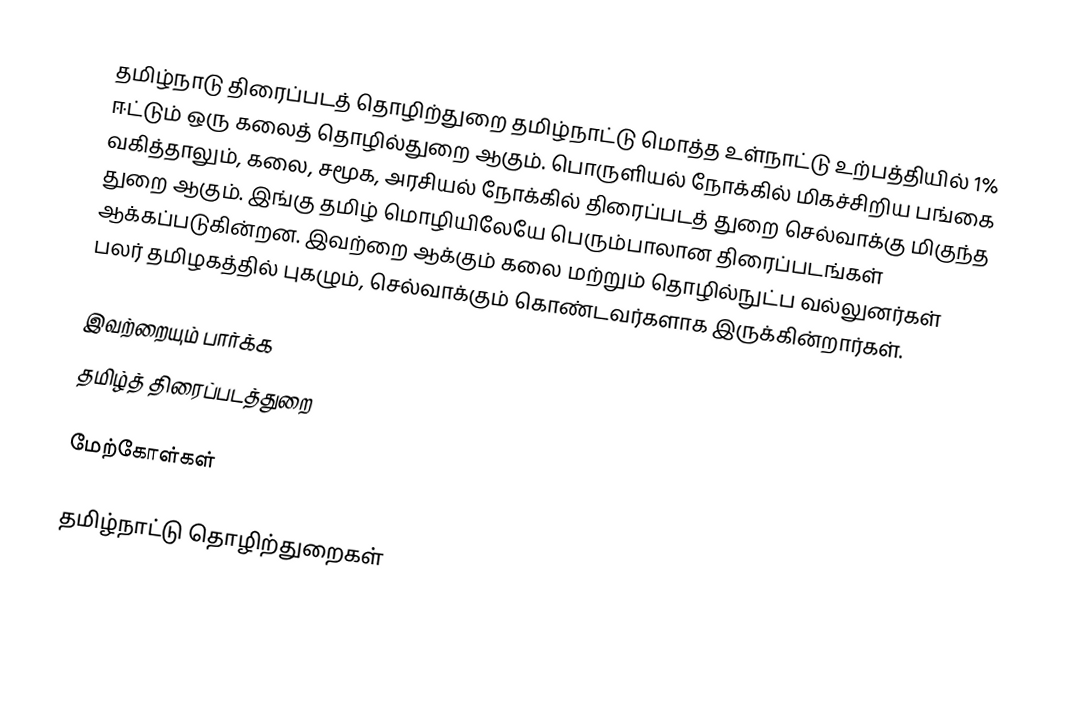
தமிழ்நாடு திரைப்படத் தொழிற்துறை தமிழ்நாட்டு மொத்த உள்நாட்டு உற்பத்தியில் 1%  ஈட்டும் ஒரு கலைத் தொழில்துறை ஆகும்.  பொருளியல் நோக்கில் மிகச்சிறிய பங்கை வகித்தாலும், கலை, சமூக, அரசியல் நோக்கில் திரைப்படத் துறை செல்வாக்கு மிகுந்த துறை ஆகும்.  இங்கு தமிழ் மொழியிலேயே பெரும்பாலான திரைப்படங்கள் ஆக்கப்படுகின்றன.  இவற்றை ஆக்கும் கலை மற்றும் தொழில்நுட்ப வல்லுனர்கள் பலர் தமிழகத்தில் புகழும், செல்வாக்கும் கொண்டவர்களாக இருக்கின்றார்கள்.

இவற்றையும் பார்க்க
 தமிழ்த் திரைப்படத்துறை

மேற்கோள்கள்

தமிழ்நாட்டு தொழிற்துறைகள்